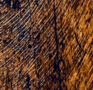
٠